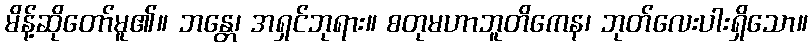
မိန့်ဆိုတော်မူ၏။ ဘန္တေ၊ အရှင်ဘုရား။ စတုမဟာဘူတိကေန၊ ဘုတ်လေးပါးရှိသော။